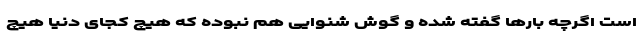
است اگرچه بارها گفته شده و گوش شنوایی هم نبوده که هیچ کجای دنیا هیچ